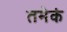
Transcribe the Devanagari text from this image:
तमेकं